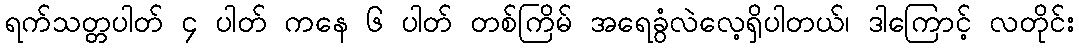
ရက်သတ္တပါတ် ၄ ပါတ် ကနေ ၆ ပါတ် တစ်ကြိမ် အရေခွံလဲလေ့ရှိပါတယ်၊ ဒါကြောင့် လတိုင်း